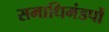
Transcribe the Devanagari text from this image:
समाधिमंडपों